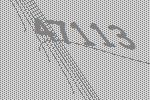
47113